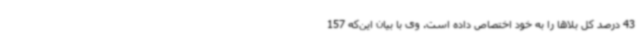
43 درصد کل بلاها را به خود اختصاص داده است. وی با بیان این‌که 157